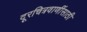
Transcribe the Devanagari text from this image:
दूरचित्रवाणींसाठी